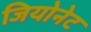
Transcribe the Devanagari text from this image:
जियोनेट